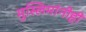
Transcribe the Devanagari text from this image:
मुस्लिमांनीही